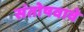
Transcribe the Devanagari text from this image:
संतोषवावे